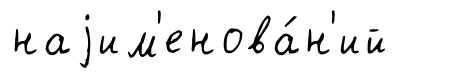
наjим'енова́н'ий